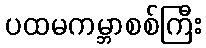
ပထမကမ္ဘာစစ်ကြီး